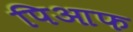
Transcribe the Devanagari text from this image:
पिआफ